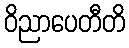
ဝိညာပေတီတိ